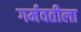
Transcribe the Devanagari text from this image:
गर्मवतीला